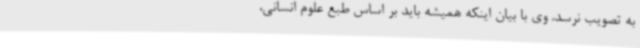
به تصویب نرسد. وی با بیان اینکه همیشه باید بر اساس طبع علوم انسانی،